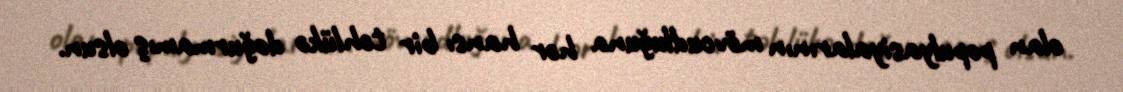
olan populyasiyalarının mövcudluğuna hər hansı bir təhlükə doğurmamış olsun.